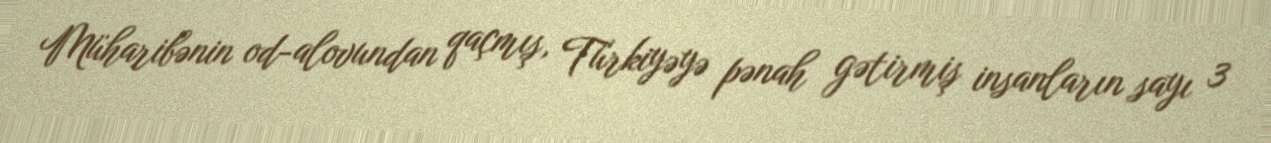
Müharibənin od-alovundan qaçmış, Türkiyəyə pənah gətirmiş insanların sayı 3